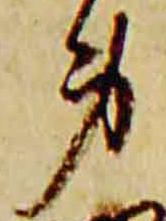
身